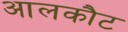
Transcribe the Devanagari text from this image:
आलकौट